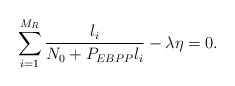
\begin{align*}\sum_{i=1}^{M_R} \frac{l_i}{N_0 +P_{EBPP}l_i} - \lambda \eta = 0.\end{align*}